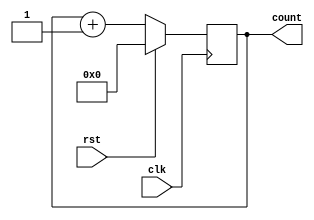
module counterNoOptimization(
    input clk,
    input rst,
    output wire [3:0] count
    );
    reg [3:0]count;
    always@(posedge clk)
    begin
    if(rst)
    count<=4'b000;
    else
    count<=count+1;
    end
    
endmodule